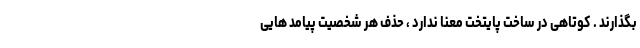
بگذارند . کوتاهی در ساخت پایتخت معنا ندارد ، حذف هر شخصیت پیامد هایی